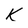
Character: K